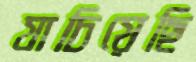
যাচিয়েছি